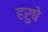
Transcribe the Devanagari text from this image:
हरुषे